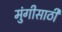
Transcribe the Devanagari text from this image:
मुंगीसाठी